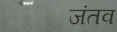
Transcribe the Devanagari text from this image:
जंतव